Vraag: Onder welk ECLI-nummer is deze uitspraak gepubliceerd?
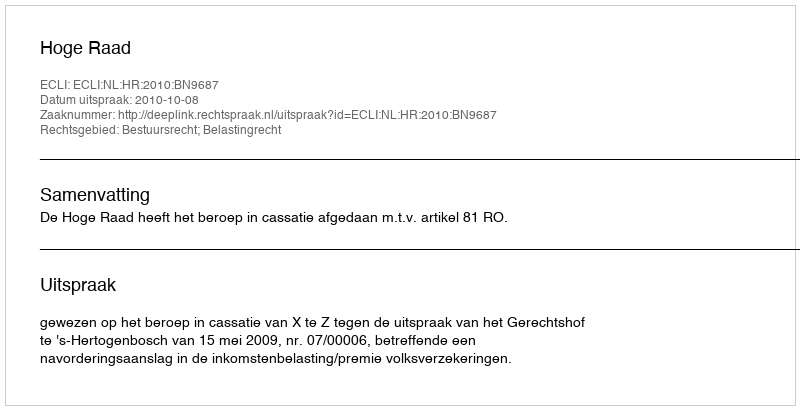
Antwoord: ECLI:NL:HR:2010:BN9687